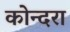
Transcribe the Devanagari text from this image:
कोन्दरा